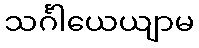
သင်္ဂါယေယျာမ